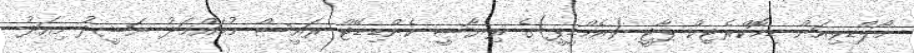
މޯލްޑިވިއަން ޑިމޮކްރެޓިކް ޕާޓީ (އެމްޑީޕީ)ގެ ރިޔާސީ ކެންޑިޑޭޓް ރައީސް މުޙައްމަދު ނަޝީދު މިއަދު